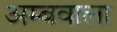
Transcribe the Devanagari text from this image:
अम्बवाला